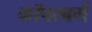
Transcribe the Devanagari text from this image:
कॉपरबर्ग